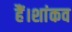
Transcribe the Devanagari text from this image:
हैं।शांकव